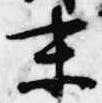
末